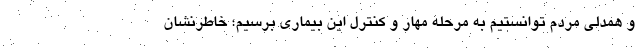
و همدلی مردم توانستیم به مرحله مهار و کنترل این بیماری برسیم؛ خاطرنشان